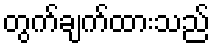
တွက်ချက်ထားသည်